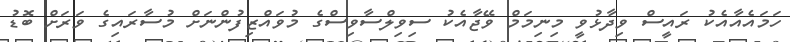
ހަމައެއާއެކު ރައީސް ވިދާޅުވީ މިނިމަމް ވޭޖާއެކު ސިވިލްސާވިސްގެ މުވައްޒިފުންނަށް މުސާރައިގެ ވަރަށް ބޮޑު